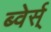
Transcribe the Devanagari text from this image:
ब्वेर्स्